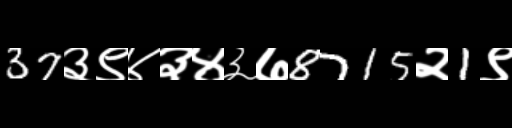
Text: 37३९४३४३७8715२1९